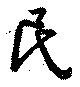
民